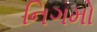
નિગમો